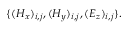
\{ ( H _ { x } ) _ { i , j } , ( H _ { y } ) _ { i , j } , ( E _ { z } ) _ { i , j } \} .